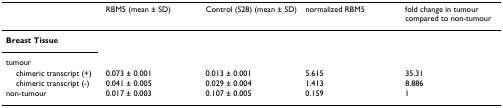
<table><thead><tr><td></td><td><b>RBM5 (mean ± SD)</b></td><td><b>Control (S28) (mean ± SD)</b></td><td><b>normalized RBM5</b></td><td><b>fold change in tumour compared to non-tumour</b></td></tr></thead><tbody><tr><td><b>Breast Tissue</b></td><td></td><td></td><td></td><td></td></tr><tr><td>tumour</td><td></td><td></td><td></td><td></td></tr><tr><td> chimeric transcript (+)</td><td>0.073 ± 0.001</td><td>0.013 ± 0.001</td><td>5.615</td><td>35.31</td></tr><tr><td> chimeric transcript (-)</td><td>0.041 ± 0.005</td><td>0.029 ± 0.004</td><td>1.413</td><td>8.886</td></tr><tr><td>non-tumour</td><td>0.017 ± 0.003</td><td>0.107 ± 0.005</td><td>0.159</td><td>1</td></tr></tbody></table>